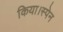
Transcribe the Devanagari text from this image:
किया।स्पेन